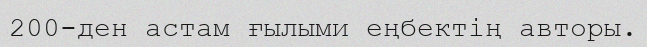
200-ден астам ғылыми еңбектің авторы.